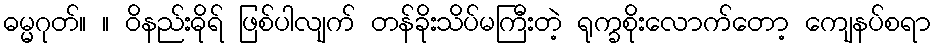
ဓမ္မဂုတ်။ ။ ဝိနည်းဓိုရ် ဖြစ်ပါလျက် တန်ခိုးသိပ်မကြီးတဲ့ ရုက္ခစိုးလောက်တော့ ကျေနပ်စရာ